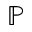
\mathbb { P }